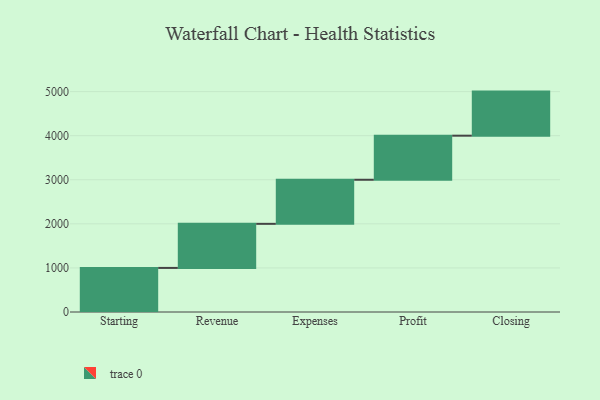
{"axis": {"x": "Step", "y": "Value"}, "legend": [""], "data": [{"x": "Starting", "y": 1000, "type": ""}, {"x": "Revenue", "y": 1000, "type": ""}, {"x": "Expenses", "y": 1000, "type": ""}, {"x": "Profit", "y": 1000, "type": ""}, {"x": "Closing", "y": 1000, "type": ""}]}